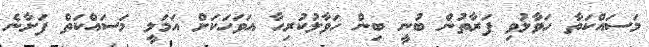
މަސައްކަތާ ހަވާލުވި ފަރާތުން ބުނީ ބިން ހަވާލުކުރިހާ އަވަހަކަށް އަމަލީ މަސައްކަތް ފަށާނެ